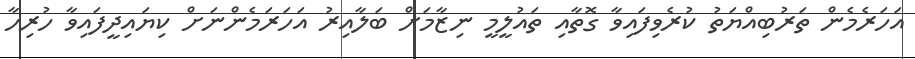
އަހަރެމެން ތަރުބިއްޔަތު ކުރެވިފައިވާ ގޮތާއި ތައުލީމީ ނިޒާމަށް ބަލާއިރު އަހަރަމެންނަށް ކިޔައިދީފައިވާ ހުރިހާ